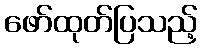
ဖော်ထုတ်ပြသည့်